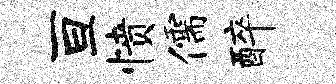
亘愤儒醉